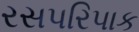
રસપરિપાક